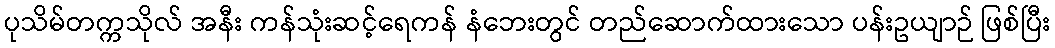
ပုသိမ်တက္ကသိုလ် အနီး ကန်သုံးဆင့်ရေကန် နံဘေးတွင် တည်ဆောက်ထားသော ပန်းဥယျာဉ် ဖြစ်ပြီး